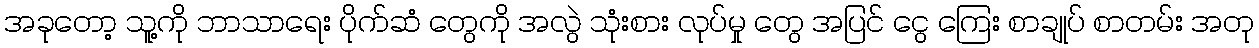
အခုတော့ သူ့ကို ဘာသာရေး ပိုက်ဆံ တွေကို အလွဲ သုံးစား လုပ်မှု တွေ အပြင် ငွေ ကြေး စာချုပ် စာတမ်း အတု